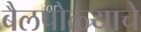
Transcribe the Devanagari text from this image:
बैलपोळ्याचे